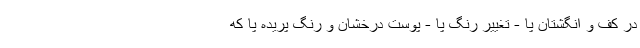
در کف و انگشتان پا - تغییر رنگ پا - پوست درخشان و رنگ پریده پا که